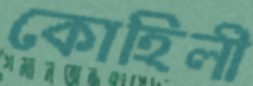
কোহিলী